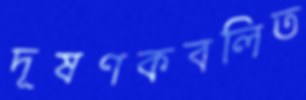
দূষণকবলিত